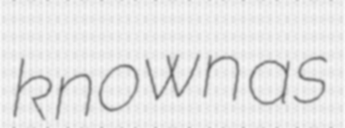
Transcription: known as